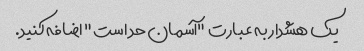
یک هشدار به عبارت "آسمان حد است" اضافه کنید.